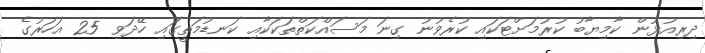
ދިރިއުޅުން ކާމިޔާބު ކުރުމަށްޓަކައި ކުރެވުނު ގިނަ މަސައްކަތްތަކަކާއި ކަނޑުމަތީގައި ހޭދަވި 25 އަހަރުގެ